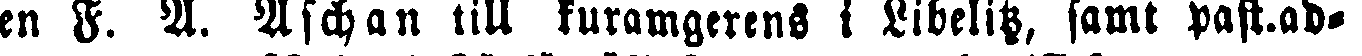
en F. A. Aschan till kuramgerens i Libelitz, samt past.ad-